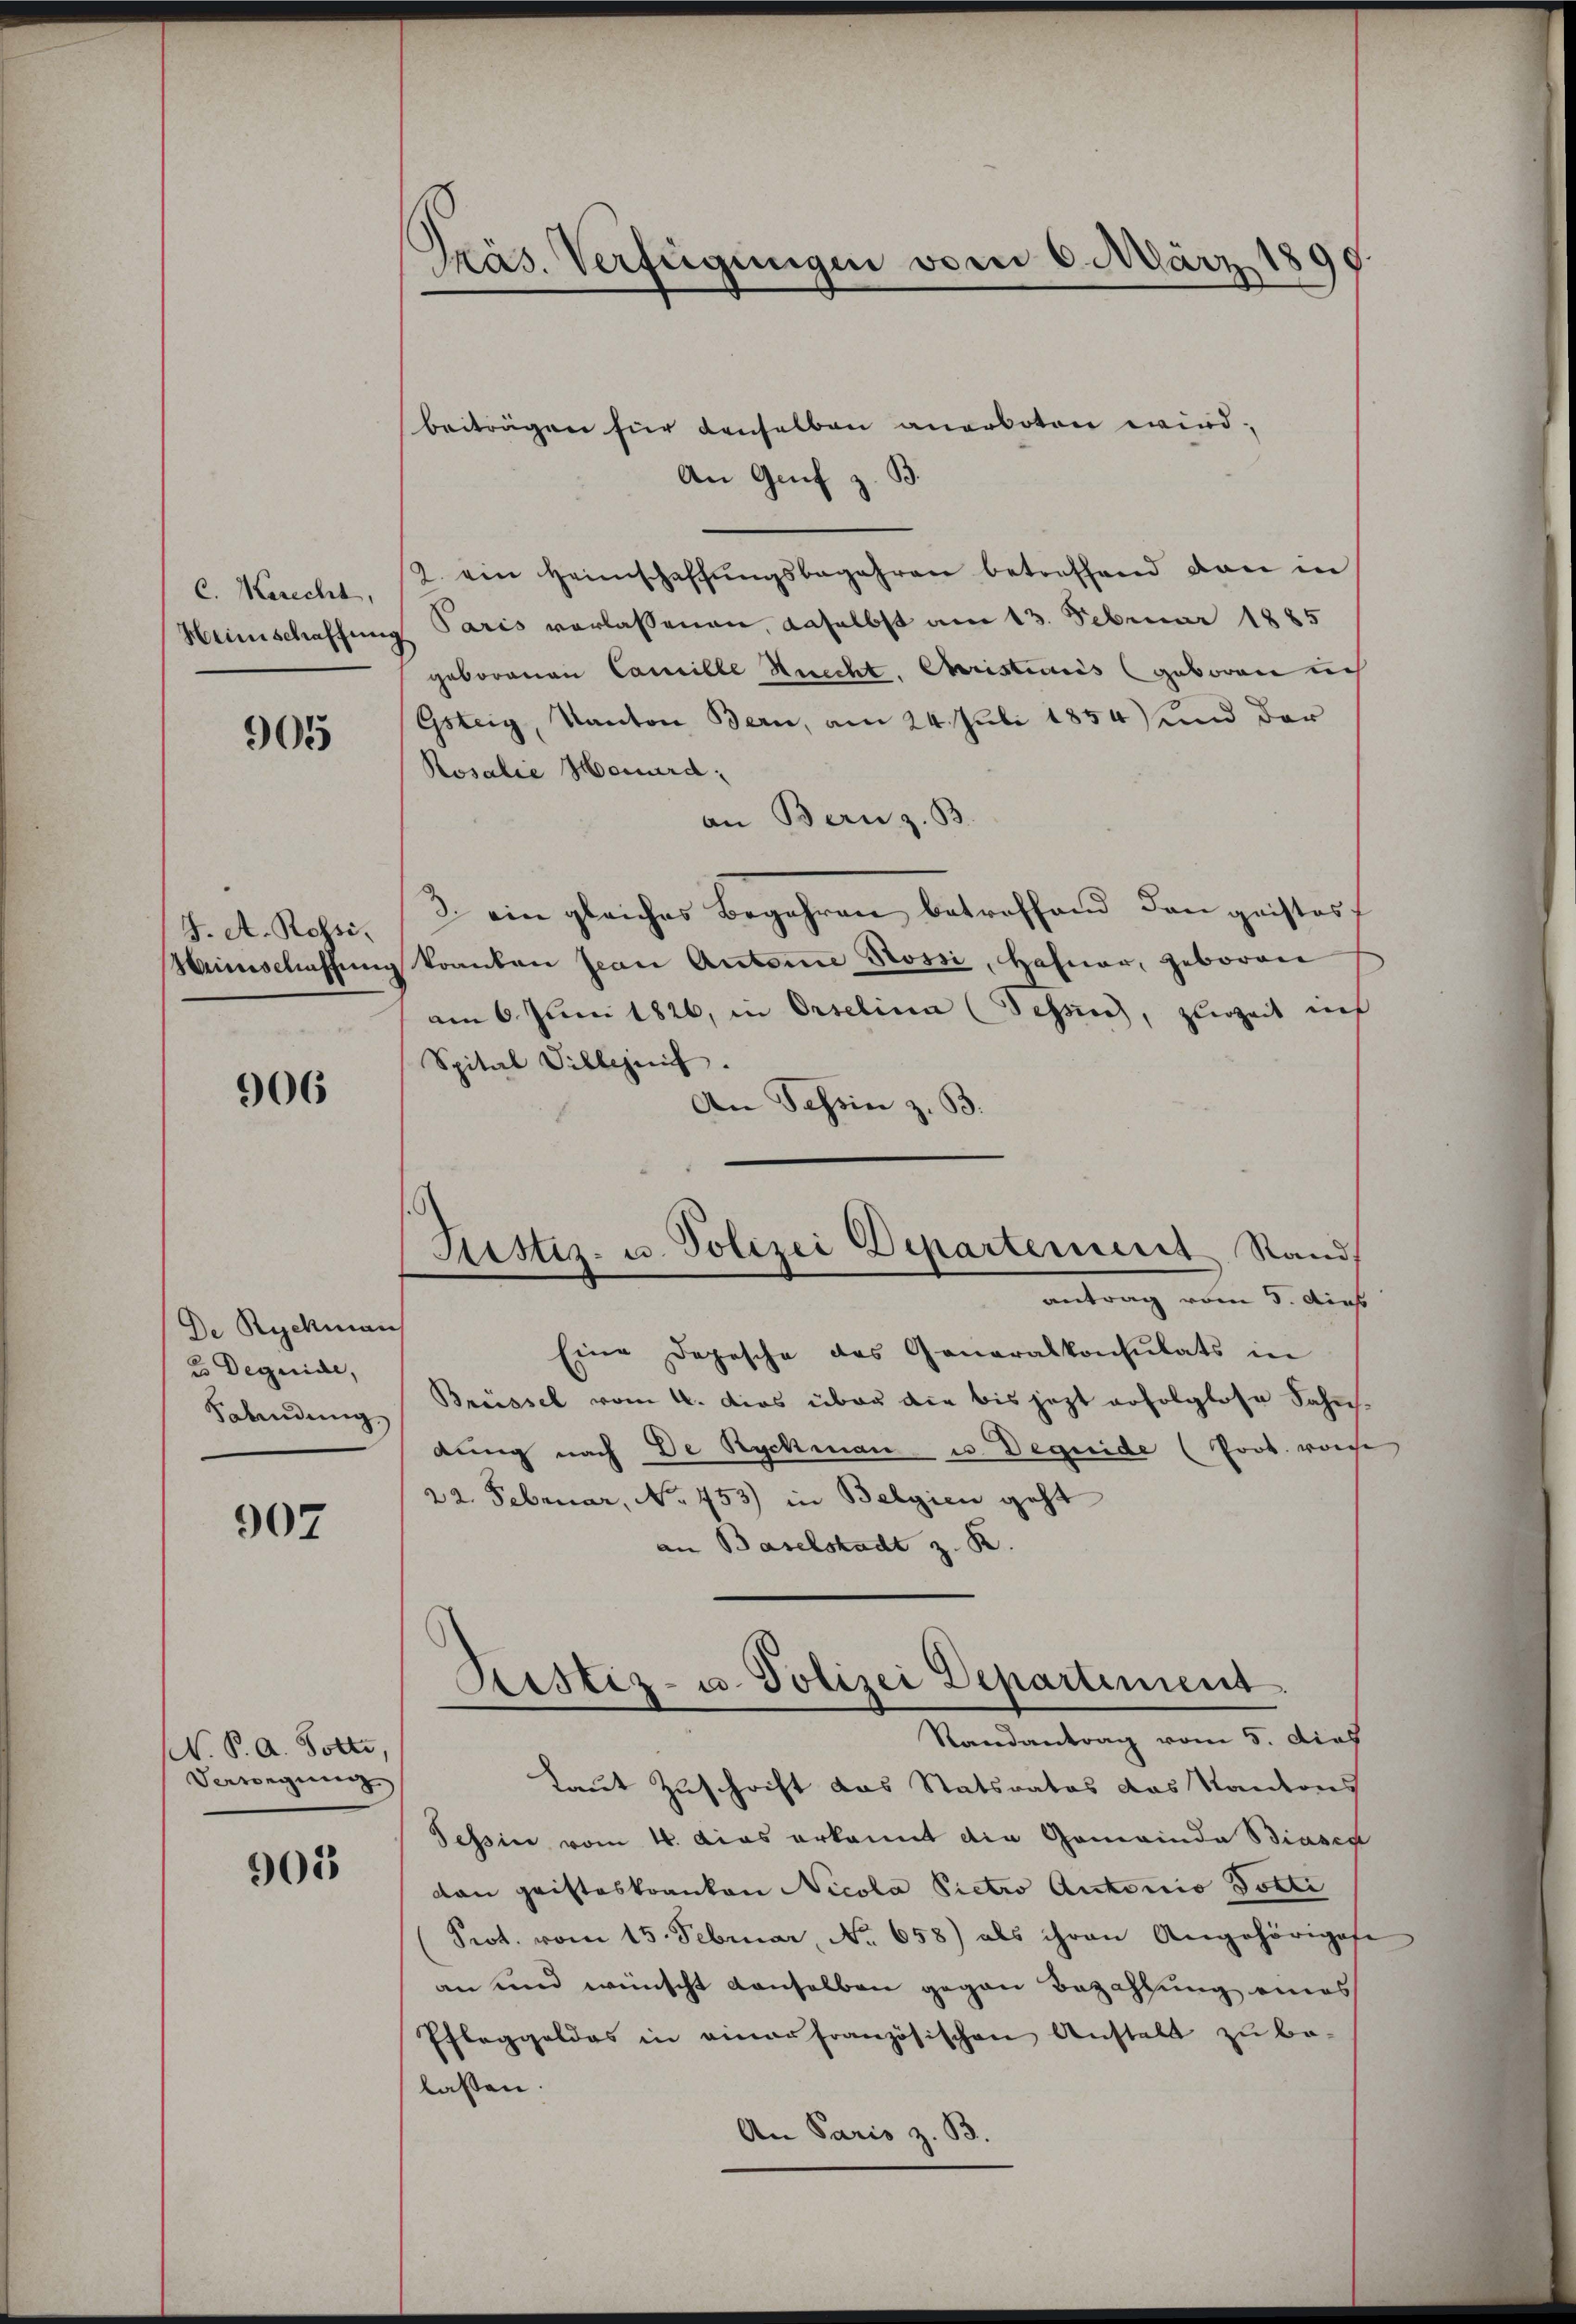
C. Kerecht,
Heinschaffung

905

J. A. Rossi¬
Minis Maschung

906

De Ryckman
u Deguide,
Sabindung

907

N. P. A. Bolte,
Verwegung

905

Präs. Verfügungen vom 6. März 1899.

beiträgen für denselben anerboten wird.
An Genf z. B.
2. ein Heimschaffŭngsbegehren betreffend dan in
Paris verlassenen, daselbst am 13. Februar 1885
geborenen Camille Strecht. Christicis (geboren un
Gsteig, Kanton Bern, am 24. Juli 1854) und der
Rosalie Honard:
an Bern z. B.
2. ein gleiches Begehren betreffend den geistes
koanton Jean Antone Nossi, Hafner, geboren
am 6. Juni 1826, in Orselina (Tessisch, zurzeit ins
Spital Villezeit.
An Tessin z. B.
antrag vom 5. Dies
Eine Depesche des Generalkonsulats in
Brüssel vom 4. dies über die bis jetzt erfolglose Fahn
dung nach De Ryckman u. Deguide (Prot. vonse
22. Februar, No. 453) in Belgien geht
an Baselstadt z. B.
Sistiz- u. Polizei Departement.
Randantrag vom 5. dies
Laut Zuschrift das Statsrates das Kantons
Tessin vom 16. Das erkannt die Gemeinda Biasen
dan geisteskranken Nicola Pietro Autorio Dotti
Prot. vom 15. Februar, No 658) als ihren Angehörigese
an und wünscht denselben gegen Bezahlung eines
Pfleggeldes in einer französischen Anstalt zu be-
lassen.
An Paris z. B.

Justiz- u. Polizei Departement Stand